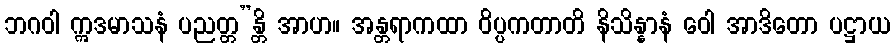
ဘဂဝါ ဣဒမာသနံ ပညတ္တ”န္တိ အာဟ။ အန္တရာကထာ ဝိပ္ပကတာတိ နိသိန္နာနံ ဝေါ အာဒိတော ပဋ္ဌာယ